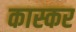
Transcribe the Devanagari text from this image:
कास्कर